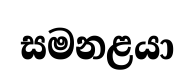
සමනළයා